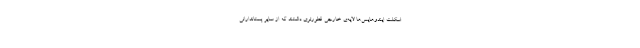
اسکلت ایندوهایس‌ها لایه‌ی‌ خارجی قطورتری داشتند که از سایر پستاندارانی